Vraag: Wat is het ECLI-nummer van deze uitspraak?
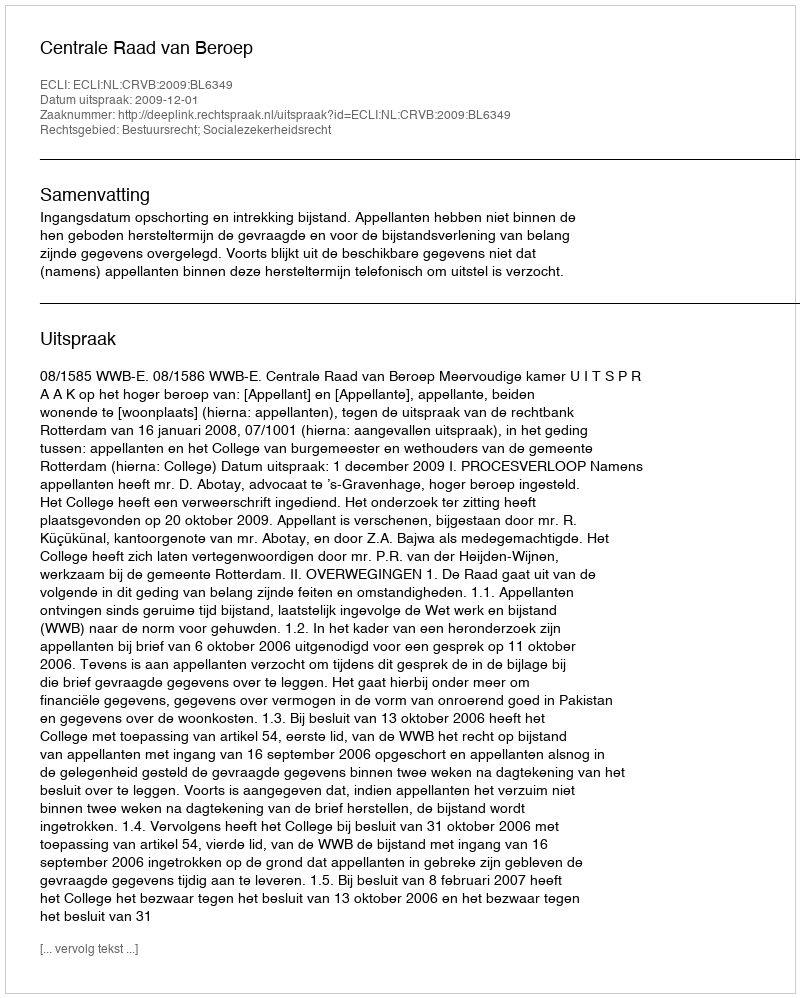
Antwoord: ECLI:NL:CRVB:2009:BL6349